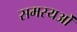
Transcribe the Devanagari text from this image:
समस्यओं